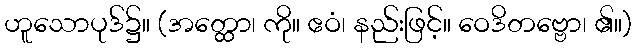
ဟူသောပုဒ်၌။ (အတ္ထော၊ ကို။ ဧဝံ၊ နည်းဖြင့်။ ဝေဒိတဗ္ဗော၊ ၏။)